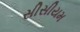
સીસીયમ